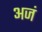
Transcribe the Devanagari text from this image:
अजं